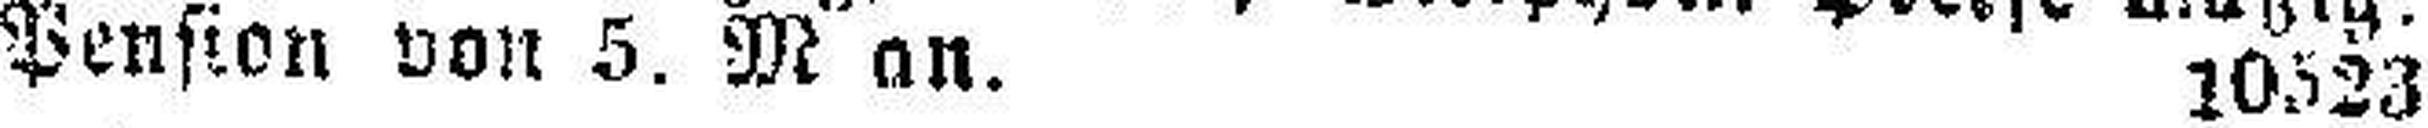
Pension von 5. M an. 10523